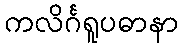
ကလိင်္ဂရူပဓာနာ